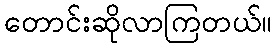
တောင်းဆိုလာကြတယ်။